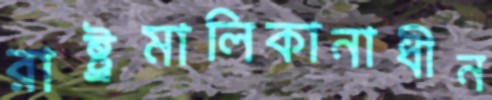
রাষ্ট্রমালিকানাধীন